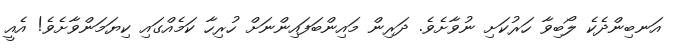
އަނބިންދެކެ ލޯބިވާ ހަރުކަށި ނުވާށެވެ. ދަރިން މައިންބަފައިންނަށް ހުރިހާ ކަމެއްގައި ކިޔަމަންވާށެވެ! އެއީ